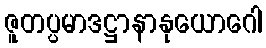
ဇူတပ္ပမာဒဋ္ဌာနာနုယောဂေါ